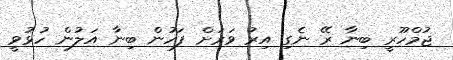
ޖުމްހޫރީ ބިނާ ރޭ ނެގި އިރު ވަރަށް ފަހުން ބިނާ އަލުން ހުޅުވީ